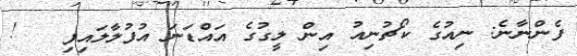
ފެންނާނެ: ނިއުގެ ކޯޗުނިއު އިން ލީގުގެ އައްޑަނަ އުފުލާލައިފި   !